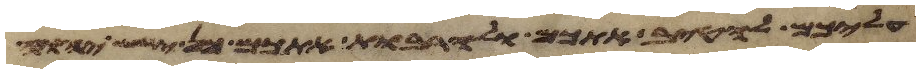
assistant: עליכם להטיב אתכם ולהרבות אתכם כן ישש יהוה